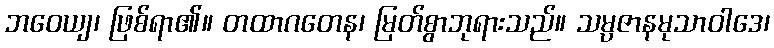
ဘဝေယျ၊ ဖြစ်ရာ၏။ တထာဂတေန၊ မြတ်စွာဘုရားသည်။ သမ္ပဇာနမုသာဝါဒေ၊